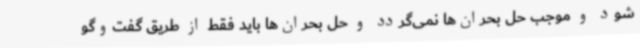
شود و موجب حل بحران‌ها نمی‌گردد و حل بحران‌ها باید فقط از طریق گفت‌وگو